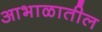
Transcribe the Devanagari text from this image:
आभाळातील